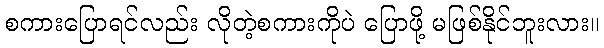
စကားပြောရင်လည်း လိုတဲ့စကားကိုပဲ ပြောဖို့ မဖြစ်နိုင်ဘူးလား။